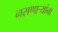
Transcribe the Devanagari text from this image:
नसणाऱ्यांना